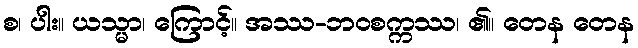
စ၊ ပါး။ ယသ္မာ၊ ကြောင့်။ အဿ-ဘဝစက္ကဿ၊ ၏။ တေန တေန